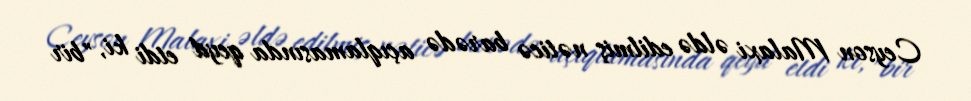
Ceyson Malaxi əldə edilmiş nəticə barədə açıqlamasında qeyd etdi ki, "bir